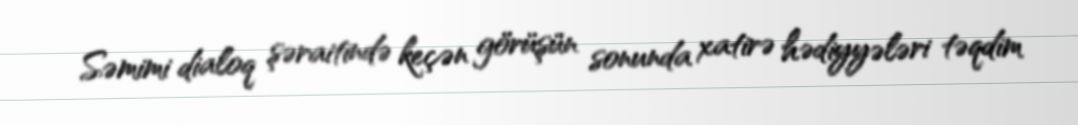
Səmimi dialoq şəraitində keçən görüşün sonunda xatirə hədiyyələri təqdim